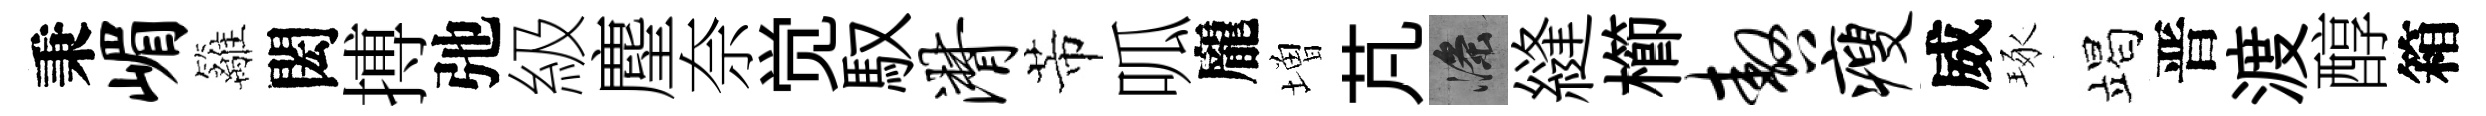
秉嵋籬閎搏弛級麈奈觉馭潸芾呱龐増芃滌縫櫛嗷瘦威琢竭晋渡醇箱